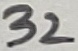
Text: 32